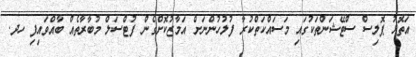
އަތޮޅު ޕޮލިސް ސްޓޭޝަންތަކުގައި މަސައްކަތްކުރާ ފުލުހުންނަށް އަމާޒުކޮށްގެން ފުޓްސަލް މުބާރާތެއް ބާއްވައިފި ހދ.